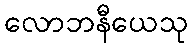
လောဘနီယေသု